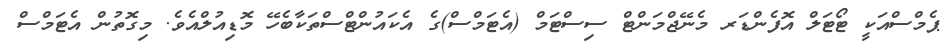
ޕެމްސްއަކީ ޓޯޓަލް އޮފެންޑަރ މެނޭޖްމަންޓް ސިސްޓަމް (އެޓަމްސް)ގެ އެކައުންޓްސްތަކާބެހޭ މޮޑިއުލްއެވެ. މިގޮތުން އެޓަމްސް